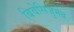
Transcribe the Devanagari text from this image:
बिवेसिजुमेब